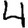
Digit: 4